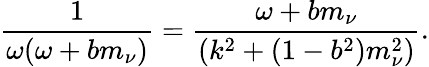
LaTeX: \frac{1}{\omega(\omega+bm_{\nu})}=\frac{\omega+bm_{\nu}}{(k^{2}+(1-b^{2})m_{\nu}^{2})}.